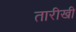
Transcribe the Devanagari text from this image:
तारीखी